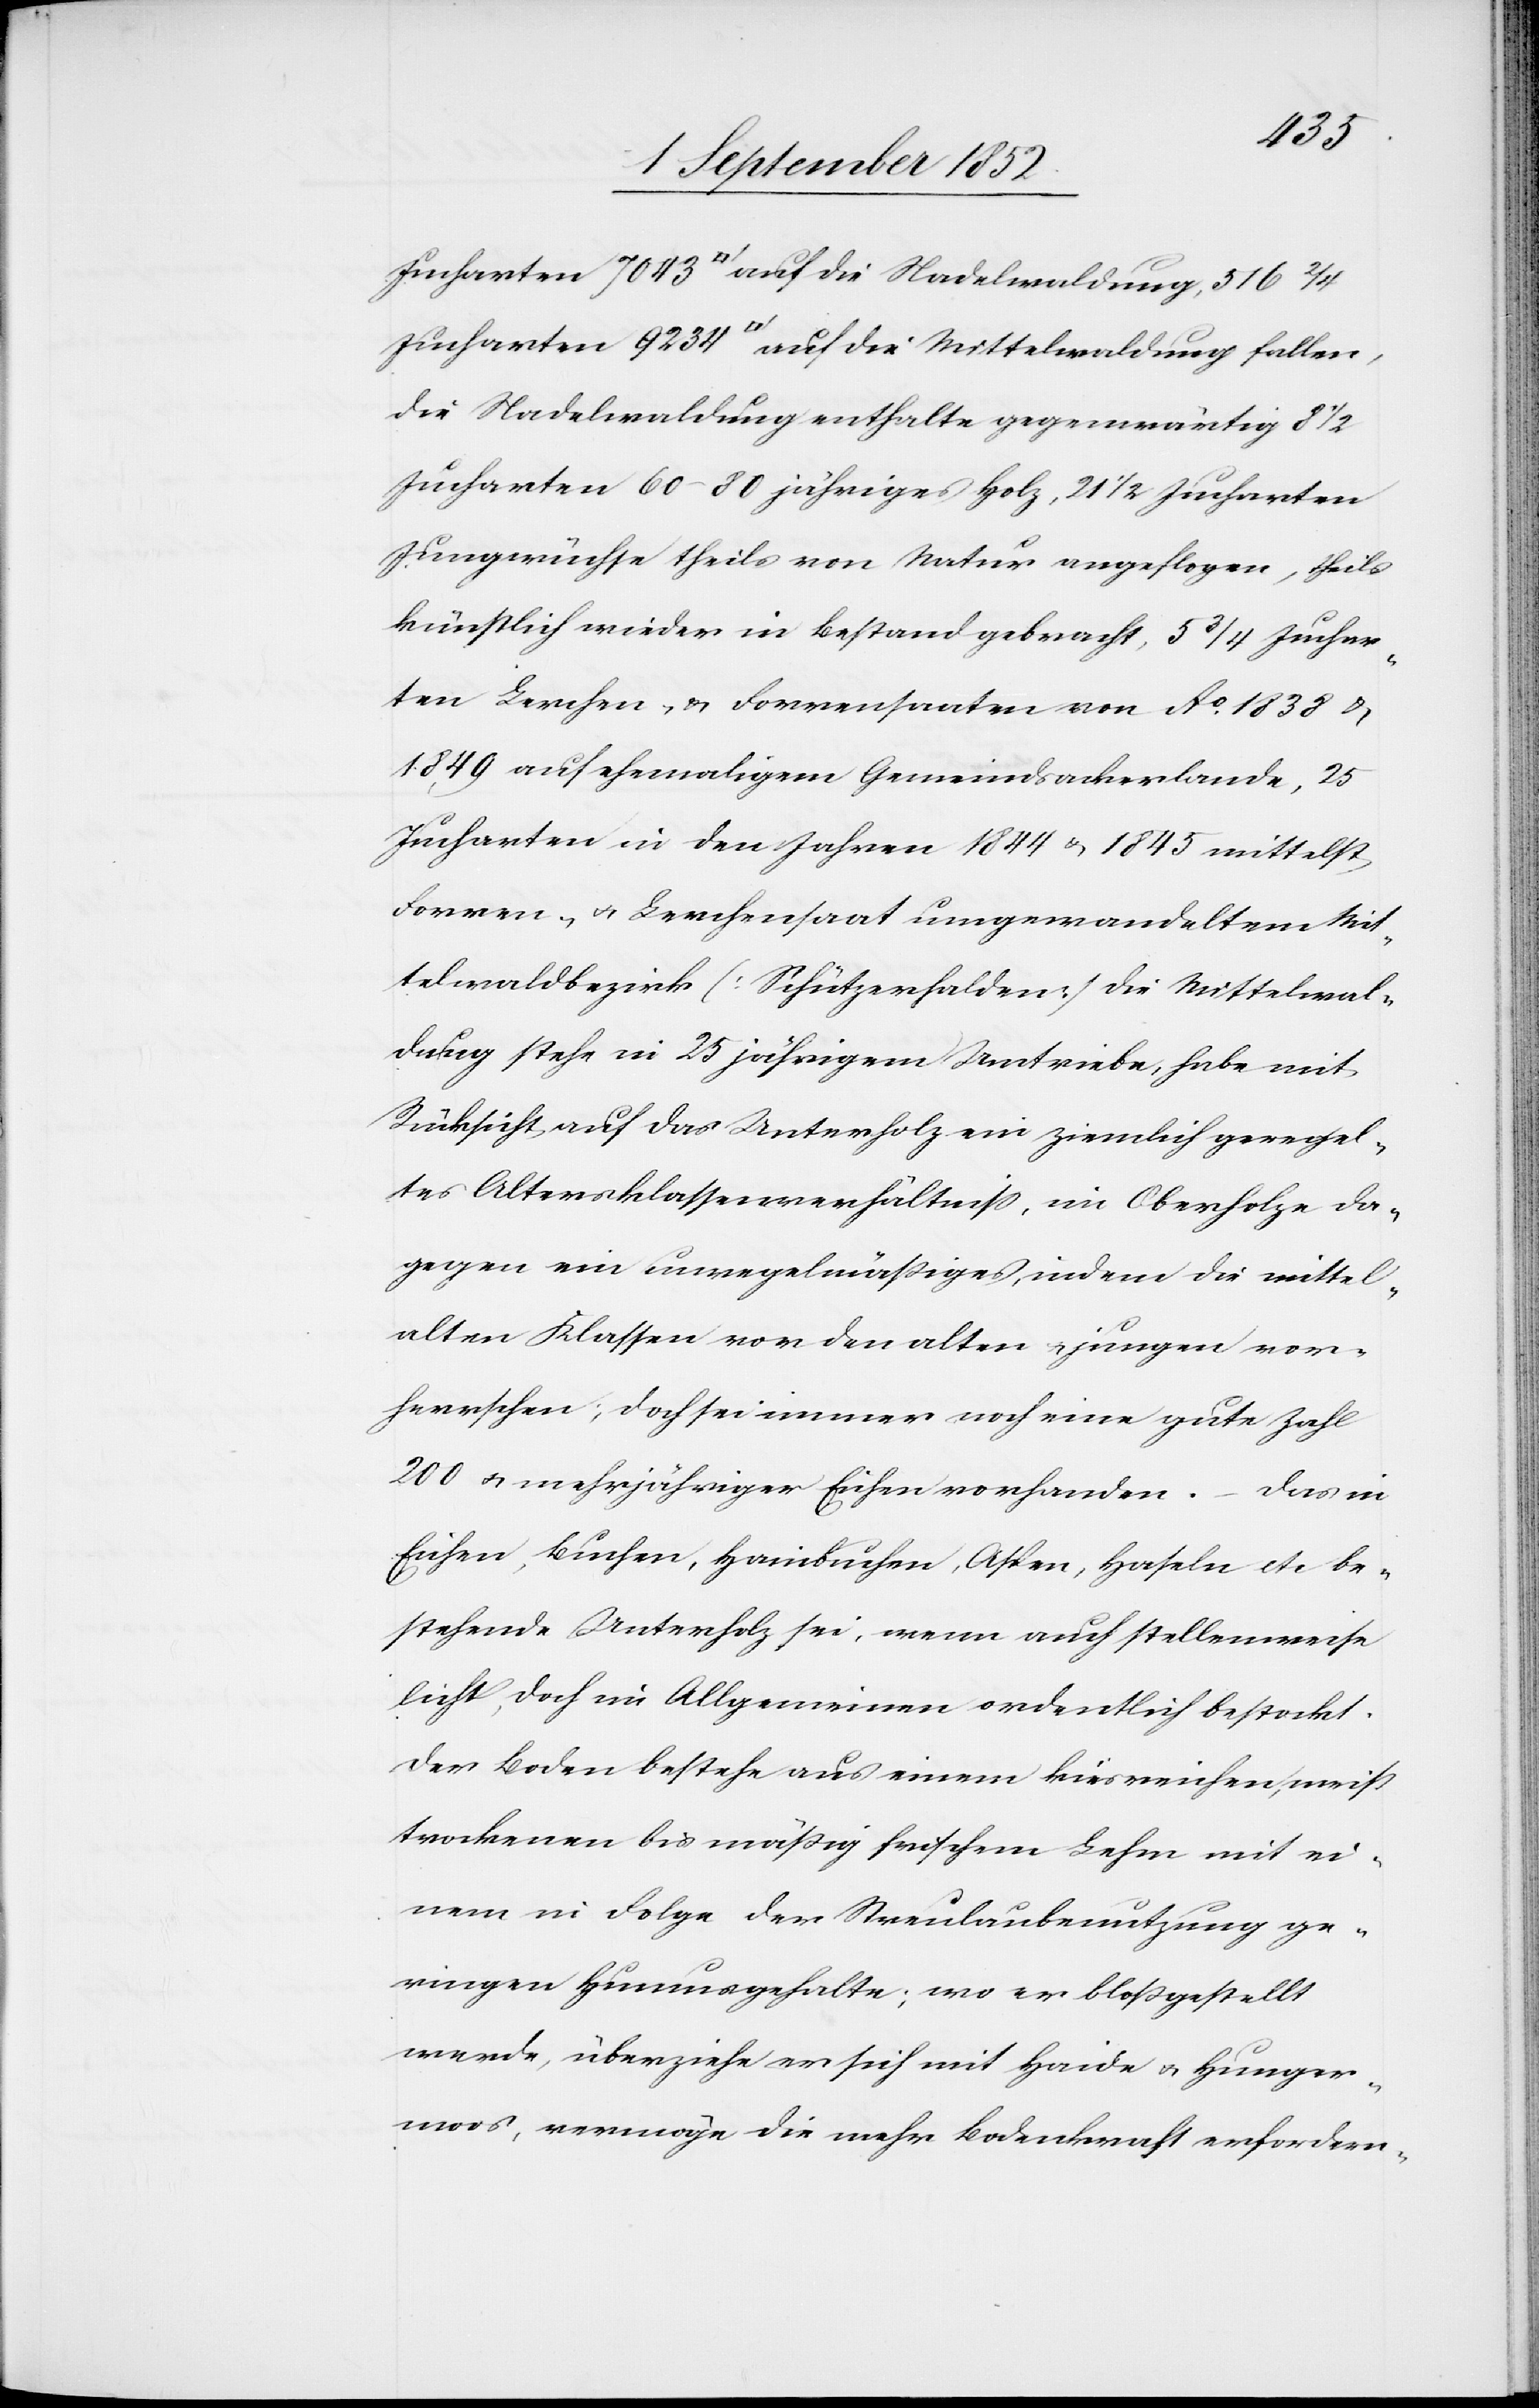
Jucharten 7043 [Quadratfuß] auf die Nadelwaldung, 516 2/4
Jucharten 9234 [Quadratfuß] auf die Mittelwaldung fallen,
die Nadelwaldung enthalte gegenwärtig 8 1/2
Jucharten 60–80 jähriges Holz, 21 1/2 Jucharten
Jungwüchse theils von Natur angeflogen, theils
künstlich wieder in Bestand gebracht, 5 3/4 Juchar¬
ten Lerchen- & Forrensaaten von Ao. 1838 &
1849 auf ehemaligem Gemeindsackerlande, 25
Jucharten in den Jahren 1844 & 1845 mittelst
Forren- & Lerchensaat umgewandeltem Mit¬
telwaldbezirk (Schützerhalden) die Mittelwal¬
dung stehe in 25 jährigem Umtriebe, habe mit
Rücksicht auf das Unterholz ein ziemlich geregel¬
tes Altersklassenverhältniss, im Oberholze da¬
gegen ein unregelmäßiges, indem die mittel¬
alten Klassen vor den alten & jungen vor¬
herrschen; doch sei immer noch eine gute Zahl
200 & mehrjähriger Eichen vorhanden. – Das in
Eichen, Buchen, Hainbuchen, Aspen, Haseln etc be¬
stehende Unterholz sei, wenn auch stellenweise
licht, doch im Allgemeinen ordentlich bestockt.
Der Boden bestehe aus einem kiesreichen, meist
trockenen bis mäßig frischem Lehm mit ei¬
nem in Folge der Streulaub[b]enutzung ge¬
ringen Humusgehalte; wo er bloßgestellt
werde, überziehe er sich mit Haide & Hunger¬
moos, vermöge die mehr Bodenkraft erfordern-